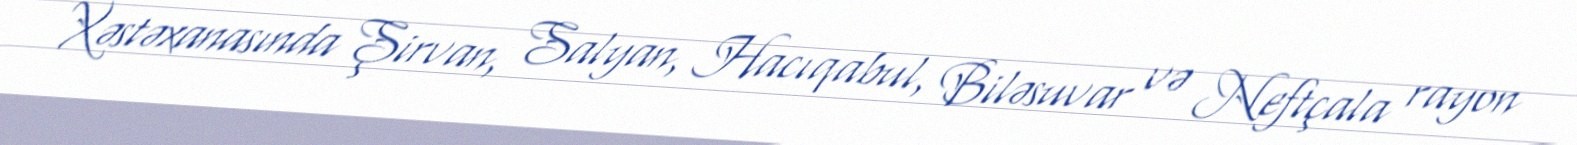
Xəstəxanasında Şirvan, Salyan, Hacıqabul, Biləsuvar və Neftçala rayon